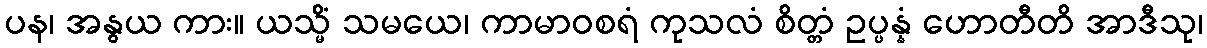
ပန၊ အနွယ ကား။ ယသ္မိံ သမယေ၊ ကာမာဝစရံ ကုသလံ စိတ္တံ ဥပ္ပန္နံ ဟောတီတိ အာဒီသု၊